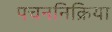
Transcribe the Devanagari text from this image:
पचननिक्रिया